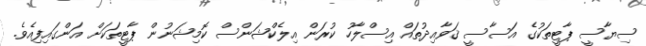
ސިޔާސީ ޕާޓީތަކުގެ އަސާސީ ޤަވާއިދުތައް އިސްލާހު ކުރަން އިލެކްޝަންސް ކޮމިޝަނުން ޕާޓީތަކަށް އަންގައިފިއެވެ.